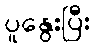
ပူနွေးပြီး